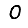
Digit: 0